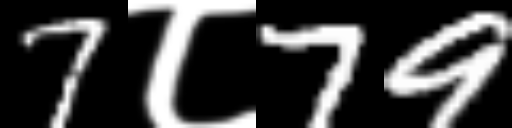
Text: 7८79